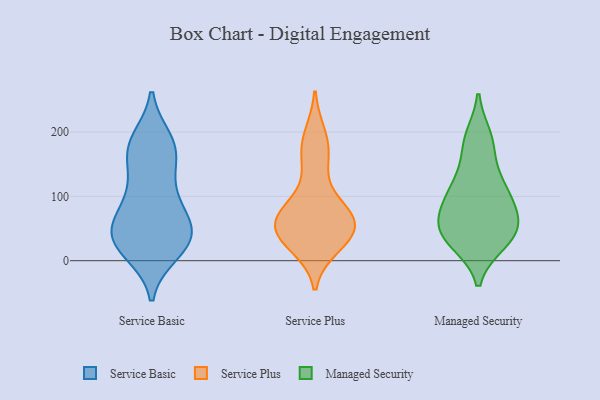
{"axis": {"x": "Inventory Turnover", "y": "Value"}, "legend": ["Managed Security", "Service Basic", "Service Plus"], "data": [{"x": "", "y": 99, "type": "Service Basic"}, {"x": "", "y": 24, "type": "Service Basic"}, {"x": "", "y": 43, "type": "Service Basic"}, {"x": "", "y": 171, "type": "Service Basic"}, {"x": "", "y": 59, "type": "Service Basic"}, {"x": "", "y": 179, "type": "Service Basic"}, {"x": "", "y": 43, "type": "Service Basic"}, {"x": "", "y": 37, "type": "Service Basic"}, {"x": "", "y": 175, "type": "Service Basic"}, {"x": "", "y": 34, "type": "Service Basic"}, {"x": "", "y": 62, "type": "Service Basic"}, {"x": "", "y": 22, "type": "Service Basic"}, {"x": "", "y": 14, "type": "Service Basic"}, {"x": "", "y": 117, "type": "Service Basic"}, {"x": "", "y": 91, "type": "Service Basic"}, {"x": "", "y": 160, "type": "Service Basic"}, {"x": "", "y": 186, "type": "Service Basic"}, {"x": "", "y": 45, "type": "Service Plus"}, {"x": "", "y": 23, "type": "Service Plus"}, {"x": "", "y": 147, "type": "Service Plus"}, {"x": "", "y": 50, "type": "Service Plus"}, {"x": "", "y": 174, "type": "Service Plus"}, {"x": "", "y": 74, "type": "Service Plus"}, {"x": "", "y": 31, "type": "Service Plus"}, {"x": "", "y": 64, "type": "Service Plus"}, {"x": "", "y": 195, "type": "Service Plus"}, {"x": "", "y": 85, "type": "Service Plus"}, {"x": "", "y": 72, "type": "Service Plus"}, {"x": "", "y": 45, "type": "Service Plus"}, {"x": "", "y": 36, "type": "Managed Security"}, {"x": "", "y": 63, "type": "Managed Security"}, {"x": "", "y": 36, "type": "Managed Security"}, {"x": "", "y": 73, "type": "Managed Security"}, {"x": "", "y": 113, "type": "Managed Security"}, {"x": "", "y": 110, "type": "Managed Security"}, {"x": "", "y": 72, "type": "Managed Security"}, {"x": "", "y": 168, "type": "Managed Security"}, {"x": "", "y": 192, "type": "Managed Security"}, {"x": "", "y": 28, "type": "Managed Security"}, {"x": "", "y": 106, "type": "Managed Security"}, {"x": "", "y": 48, "type": "Managed Security"}, {"x": "", "y": 65, "type": "Managed Security"}, {"x": "", "y": 188, "type": "Managed Security"}, {"x": "", "y": 30, "type": "Managed Security"}, {"x": "", "y": 120, "type": "Managed Security"}]}